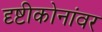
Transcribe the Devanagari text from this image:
दृष्टीकोनांवर